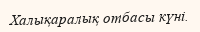
Халықаралық отбасы күні.